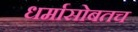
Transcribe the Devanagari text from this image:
धर्मासोबतच